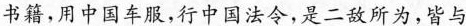
书籍，用中国车服，行中国法令，是二敌所为，皆与